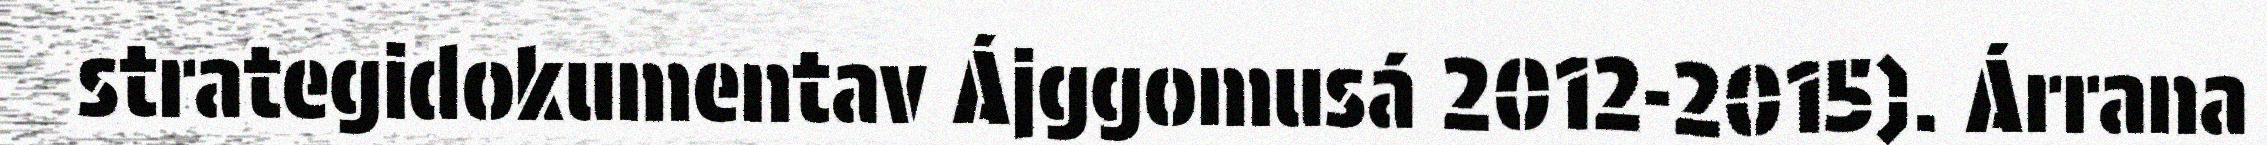
strategidokumentav Ájggomusá 2012-2015). Árrana